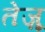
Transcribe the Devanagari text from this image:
तेज़ू